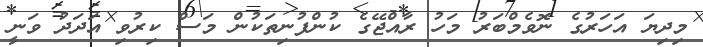
މިދިޔަ އަހަރުގެ ނޮވެމްބަރު މަހު ރާއްޖޭގެ ކުންފުނިތަކުން މަސް ކިރުވި އަދަދު ވަނީ